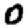
Digit: 0